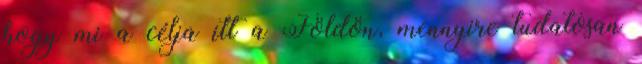
hogy mi a célja itt a Földön, mennyire tudatosan